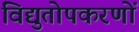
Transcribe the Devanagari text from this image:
विद्युतोपकरणों